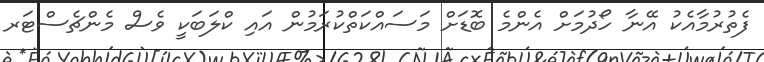
ފެތުރުމާއެކު އޭނާ ހޯދުމަށް އެންމެ ބޮޑަށް މަސައްކަތްކުރަމުން އައި ކްލަބަކީ ވެސް މެންޗެސްޓަރ